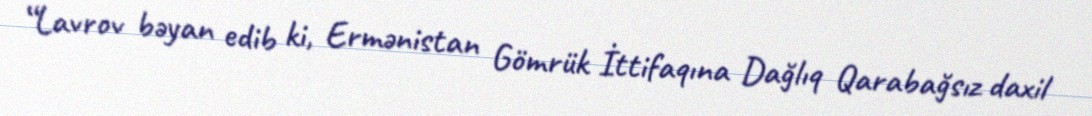
“Lavrov bəyan edib ki, Ermənistan Gömrük İttifaqına Dağlıq Qarabağsız daxil